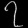
Digit: ၇